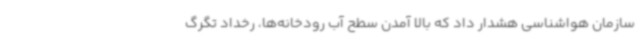
سازمان هواشناسی هشدار داد که بالا آمدن سطح آب رودخانه‌ها، رخداد تگرگ